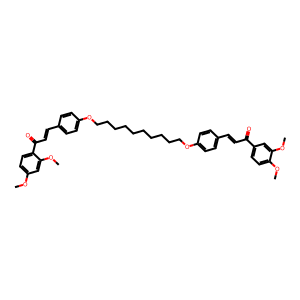
SMILES: COc1ccc(C(=O)C=Cc2ccc(OCCCCCCCCCCOc3ccc(C=CC(=O)c4ccc(OC)c(OC)c4)cc3)cc2)c(OC)c1
Inhibits HIV replication: No